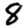
Digit: 8